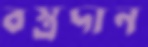
বস্ত্রদান